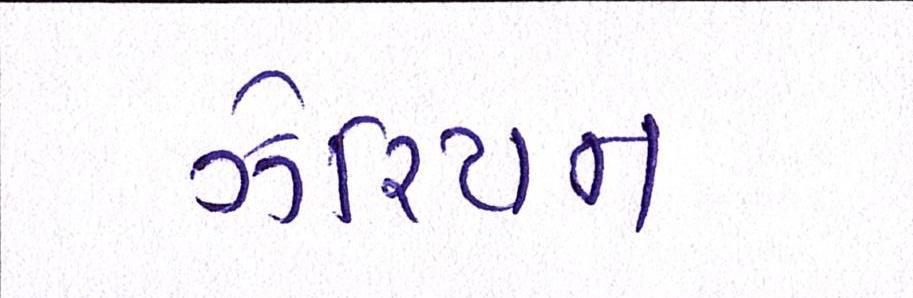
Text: ઝેરિયન